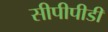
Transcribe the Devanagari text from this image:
सीपीपीडी